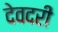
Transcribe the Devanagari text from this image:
देवदरी